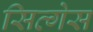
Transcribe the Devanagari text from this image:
सित्गेस